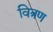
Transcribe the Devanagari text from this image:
वित्रण